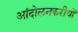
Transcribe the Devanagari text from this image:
आंदोलनकरीयों